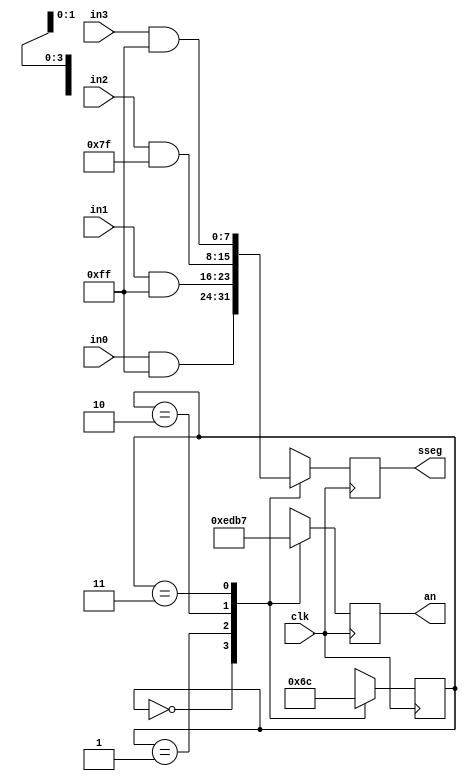
`timescale 1ns / 1ps
//////////////////////////////////////////////////////////////////////////////////
// Company: 
// Engineer: 
// 
// Design Name: 
// Module Name: time_mux_state_machine
// Project Name: 
// Target Devices: 
// Tool Versions: 
// Description: 
// 
// Dependencies: 
// 
// Revision:
// Revision 0.01 - File Created
// Additional Comments:
// 
//////////////////////////////////////////////////////////////////////////////////


module time_mux_state_machine(
    input clk,
    input [7:0] in0,
    input [7:0] in1,
    input [7:0] in2,
    input [7:0] in3,
    output reg [3:0] an,
    output reg [7:0] sseg
    );
    
    reg [1:0] state;
    reg [1:0] next_state;
    
    initial begin
        state = 2'b00;
    end
    
    always @(*) begin
        case(state) //State transition
            2'b00: next_state = 2'b01;
            2'b01: next_state = 2'b10;
            2'b10: next_state = 2'b11;
            2'b11: next_state = 2'b00;
            default: begin
                next_state = 2'b00;
            end
        endcase
    end
    
    always @(posedge clk) begin
        case(state) //Multiplexer
            2'b00: sseg = in0 & 8'b11111111;
            2'b01: sseg = in1 & 8'b11111111;
            2'b10: sseg = in2 & 8'b01111111;
            2'b11: sseg = in3 & 8'b11111111;
            default: begin
                sseg = in0;
            end
                
        endcase
        
        case(state) //Decoder
            2'b00: an = 4'b1110;
            2'b01: an = 4'b1101;
            2'b10: an = 4'b1011;
            2'b11: an = 4'b0111;
            default: begin
                an = 4'b1110;
            end
        endcase
    end
    
    always @(posedge clk) begin
            state <= next_state;
    end
endmodule